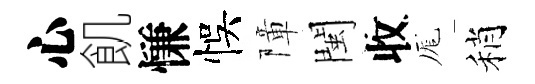
心飢慊悞障閩收厖稍